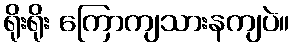
ရိုးရိုး ကြောကျသားနကျပဲ။